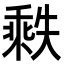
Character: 𬼒